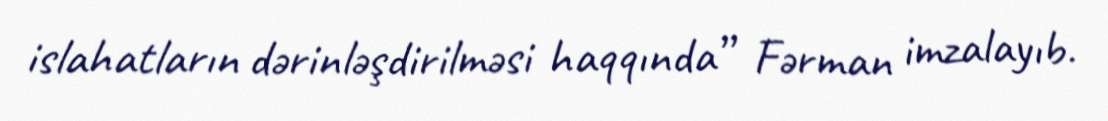
islahatların dərinləşdirilməsi haqqında” Fərman imzalayıb.